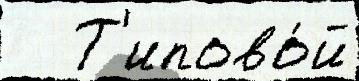
   Т'ипово́й